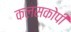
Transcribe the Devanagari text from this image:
कलसकोपी